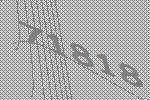
71818